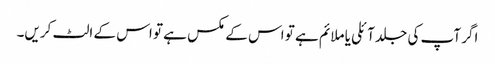
اگر آپ کی جلد آئلی یا ملائم ہے تو اس کے مکس ہے تو اس کے الٹ کریں۔